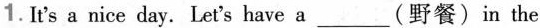
1.It's a nice day.Let's have a___(野餐)in the